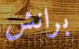
برانش